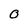
Character: O